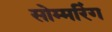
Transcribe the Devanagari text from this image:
सोम्मरिंग